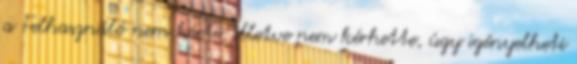
a Felhasználó nem kérte, illetve nem kérhette, úgy igényelheti